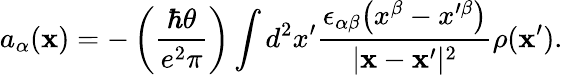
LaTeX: a_{\alpha}({\mathbf x})=-\left({\frac{\hbar\theta}{e^{2}\pi}}\right)\int d^{2}x^{\prime}{\frac{\epsilon_{\alpha\beta}\bigl(x^{\beta}-x^{\prime\beta}\bigr)}{\vert{\mathbf x}-{\mathbf x}^{\prime}\vert^{2}}}\rho({\mathbf x}^{\prime}).